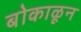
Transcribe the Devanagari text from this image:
बोकाळून